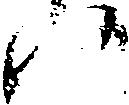
候